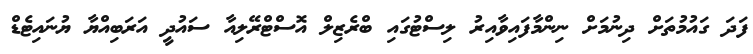
ފަދަ ގައުމުތަށް ދިނުމަށް ނިންމާފައިވާއިރު ލިސްޓުގައި ބްރެޒިލް އޮސްޓްރޭލިއާ ސައުދީ އަރަބިއްޔާ ޔުނައިޓެޑް